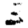
Digit: 3